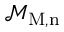
\mathcal { M } _ { \mathrm { { M } , n } }